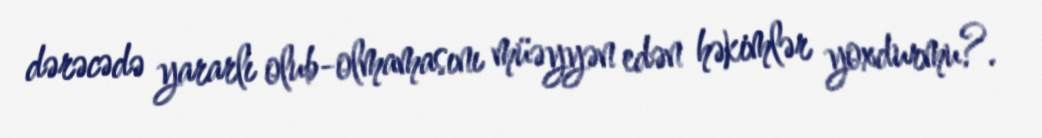
dərəcədə yararlı olub-olmamasını müəyyən edən həkimlər yoxdurmu?.